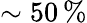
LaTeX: \sim 50\, \%